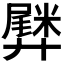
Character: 𫸡